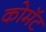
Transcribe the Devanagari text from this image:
कोमॅट